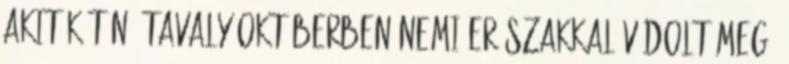
akit két nő tavaly októberben nemi erőszakkal vádolt meg.